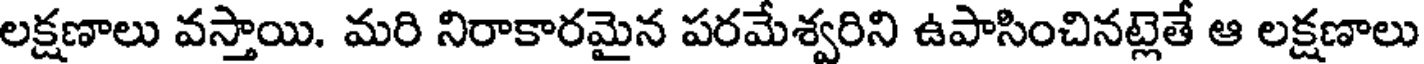
లక్షణాలు వస్తాయి. మరి నిరాకారమైన పరమేశ్వరిని ఉపాసించినట్లెతే ఆ లక్షణాలు